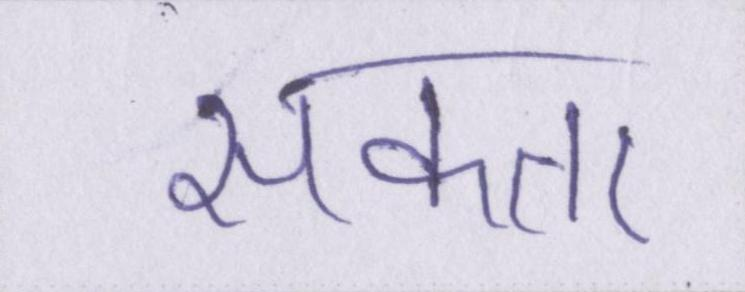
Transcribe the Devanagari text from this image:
सकता